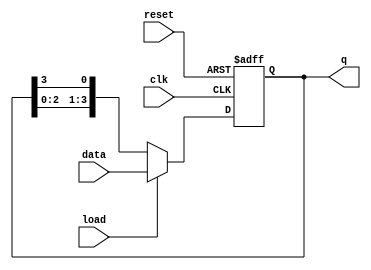
module loadable_ring_counter (
    input wire clk,          // Clock input
    input wire reset,        // Asynchronous reset
    input wire load,         // Load input
    input wire [N-1:0] data, // Data input for loading
    output reg [N-1:0] q     // Output of the counter
);
    parameter N = 4; // Number of flip-flops in the ring counter

    always @(posedge clk or posedge reset) begin
        if (reset) begin
            // Asynchronous reset: initialize the counter
            q <= 1'b1; // Set the first bit to '1' and others to '0'
        end else if (load) begin
            // Load operation
            q <= data; // Load the input data into the counter
        end else begin
            // Shift operation
            q <= {q[N-2:0], q[N-1]}; // Shift the '1' bit circularly
        end
    end
endmodule